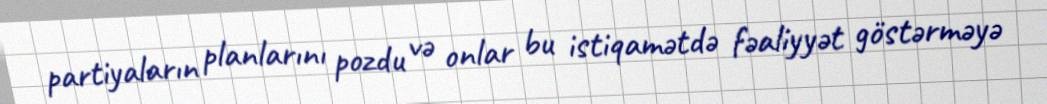
partiyaların planlarını pozdu və onlar bu istiqamətdə fəaliyyət göstərməyə